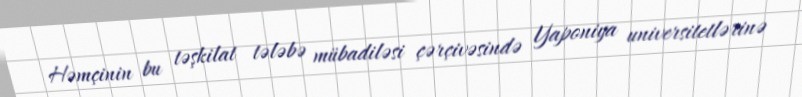
Həmçinin bu təşkilat tələbə mübadiləsi çərçivəsində Yaponiya universitetlərinə